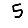
Digit: 5